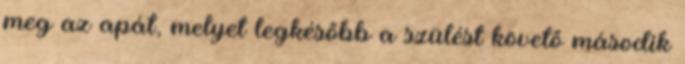
meg az apát, melyet legkésőbb a szülést követő második